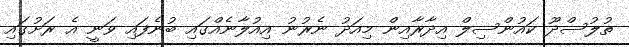
ތުލުސްދޫ ކައުންސިލް އިދާރާއިން މިއަދު ނެރުނު އިއުލާނެއްގައި ބުނެފައި ވަނީ އެ ރަށުގައި